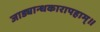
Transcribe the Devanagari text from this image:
जाड्यान्धकारापहाम्‌॥